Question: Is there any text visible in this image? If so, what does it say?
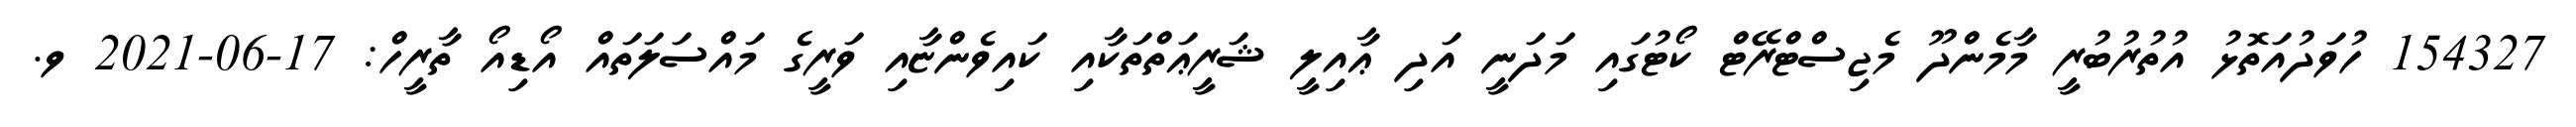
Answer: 154327 ހުވަދުއަތޮޅު އުތުރުބުރީ މާމެންދޫ މެޖިސްޓްރޭޓް ކޯޓުގައި މަދަނީ އަދި ޢާއިލީ ޝަރީޢަތްތަކާއި ކައިވެންޏާއި ވަރީގެ މައްސަލަތައް އޯޑިއޯ ތާރީހް: 17-06-2021 ވ.